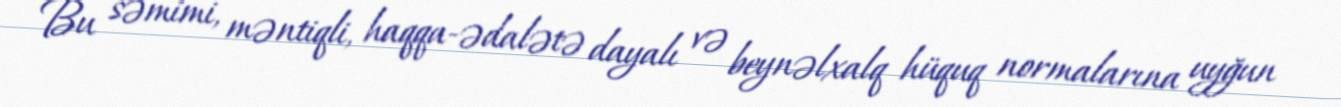
Bu səmimi, məntiqli, haqqa-ədalətə dayalı və beynəlxalq hüquq normalarına uyğun